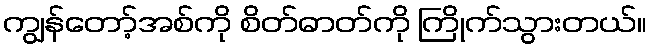
ကျွန်တော့်အစ်ကို စိတ်ဓာတ်ကို ကြိုက်သွားတယ်။